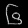
Digit: ၆